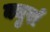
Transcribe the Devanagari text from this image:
क्युर्रा